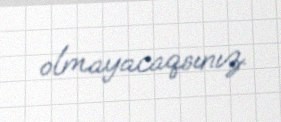
olmayacaqsınız.